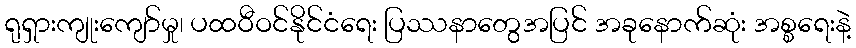
ရုရှားကျုးကျော်မှု၊ ပထဝီဝင်နိုင်ငံရေး ပြဿနာတွေအပြင် အခုနောက်ဆုံး အစ္စရေးနဲ့